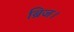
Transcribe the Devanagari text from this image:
ब्रिज।